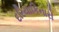
દરિયાકિનારો